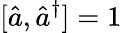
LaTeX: [\hat{a},\hat{a}^{\dagger}]=1